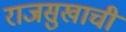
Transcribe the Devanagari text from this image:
राजसुखाची